Madras plague regulations and rules - Volume 1
Disease focus: Plague
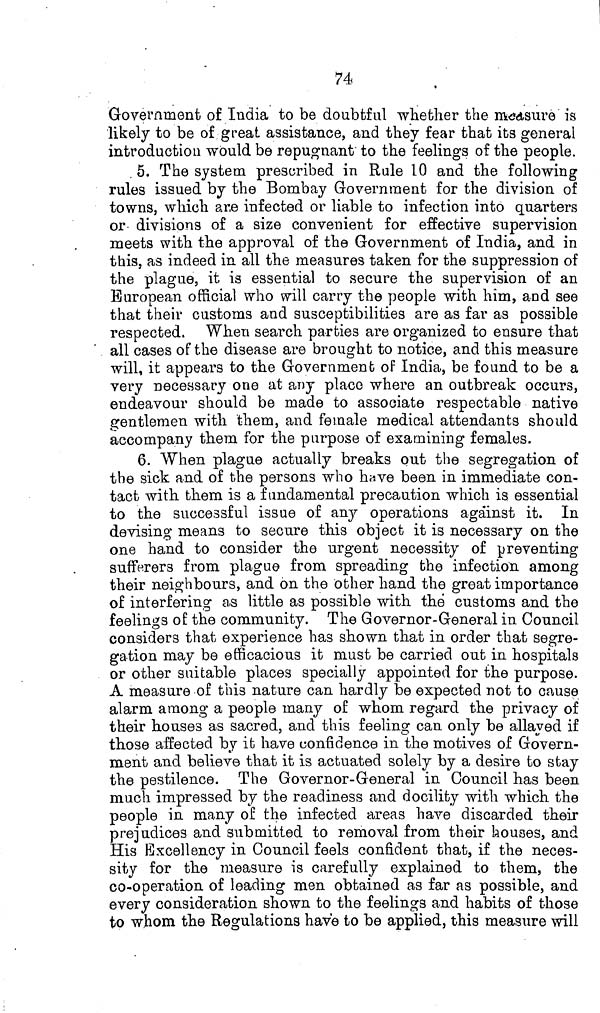
74
Government of India to be doubtful whether the measure is
likely to be of great assistance, and they fear that its general
introduction would be repugnant to the feelings of the people.
5. The system prescribed in Rule 10 and the following
rules issued by the Bombay Government for the division of
towns, which are infected or liable to infection into quarters
or divisions of a size convenient for effective supervision
meets with the approval of the Government of India, and in
this, as indeed in all the measures taken for the suppression of
the plague, it is essential to secure the supervision of an
European official who will carry the people with him, and see
that their customs and susceptibilities are as far as possible
respected. When search parties are organized to ensure that
all cases of the disease are brought to notice, and this measure
will, it appears to the Government of India, be found to be a
very necessary one at any place where an outbreak occurs,
endeavour should be made to associate respectable native
gentlemen with them, and female medical attendants should
accompany them for the purpose of examining females.
6. When plague actually breaks out the segregation of
the sick and of the persons who have been in immediate con-
tact with them is a fundamental precaution which is essential
to the successful issue of any operations against it. In
devising means to secure this object it is necessary on the
one hand to consider the urgent necessity of preventing
sufferers from plague from spreading the infection among
their neighbours, and on the other hand the great importance
of interfering as little as possible with the customs and the
feelings of the community. The Governor-General in Council
considers that experience has shown that in order that segre-
gation may be efficacious it must be carried out in hospitals
or other suitable places specially appointed for the purpose.
A measure of this nature can hardly be expected not to cause
alarm among a people many of whom regard the privacy of
their houses as sacred, and this feeling can only be allayed if
those affected by it have confidence in the motives of Govern-
ment and believe that it is actuated solely by a desire to stay
the pestilence. The Governor-General in Council has been
much impressed by the readiness and docility with which the
people in many of the infected areas have discarded their
prejudices and submitted to removal from their houses, and
His Excellency in Council feels confident that, if the neces-
sity for the measure is carefully explained to them, the
co-operation of leading men obtained as far as possible, and
every consideration shown to the feelings and habits of those
to whom the Regulations have to be applied, this measure will